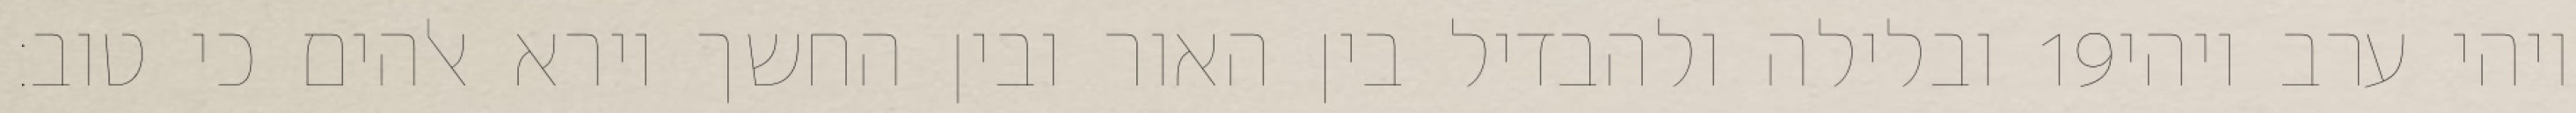
ובלילה ולהבדיל בין האור ובין החשך וירא אלהים כי טוב׃ ‎19‏ ויהי ערב ויהי